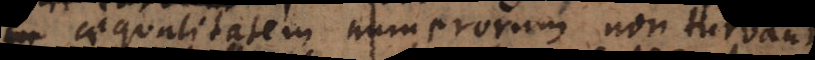
aequalitatem numerorum non turbant